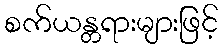
စက်ယန္တရားများဖြင့်